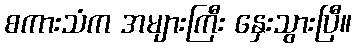
စကားသံက အများကြီး နှေးသွားပြီ။